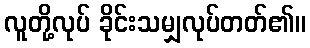
လူတို့လုပ် ခိုင်းသမျှလုပ်တတ်၏။